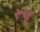
રૂણૂ